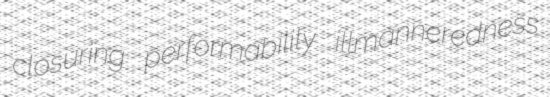
closuring performability illmanneredness